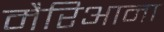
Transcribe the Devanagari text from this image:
मैरिआना